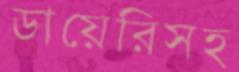
ডায়েরিসহ